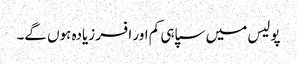
پولیس میں سپاہی کم اور افسر زیادہ ہوں گے۔